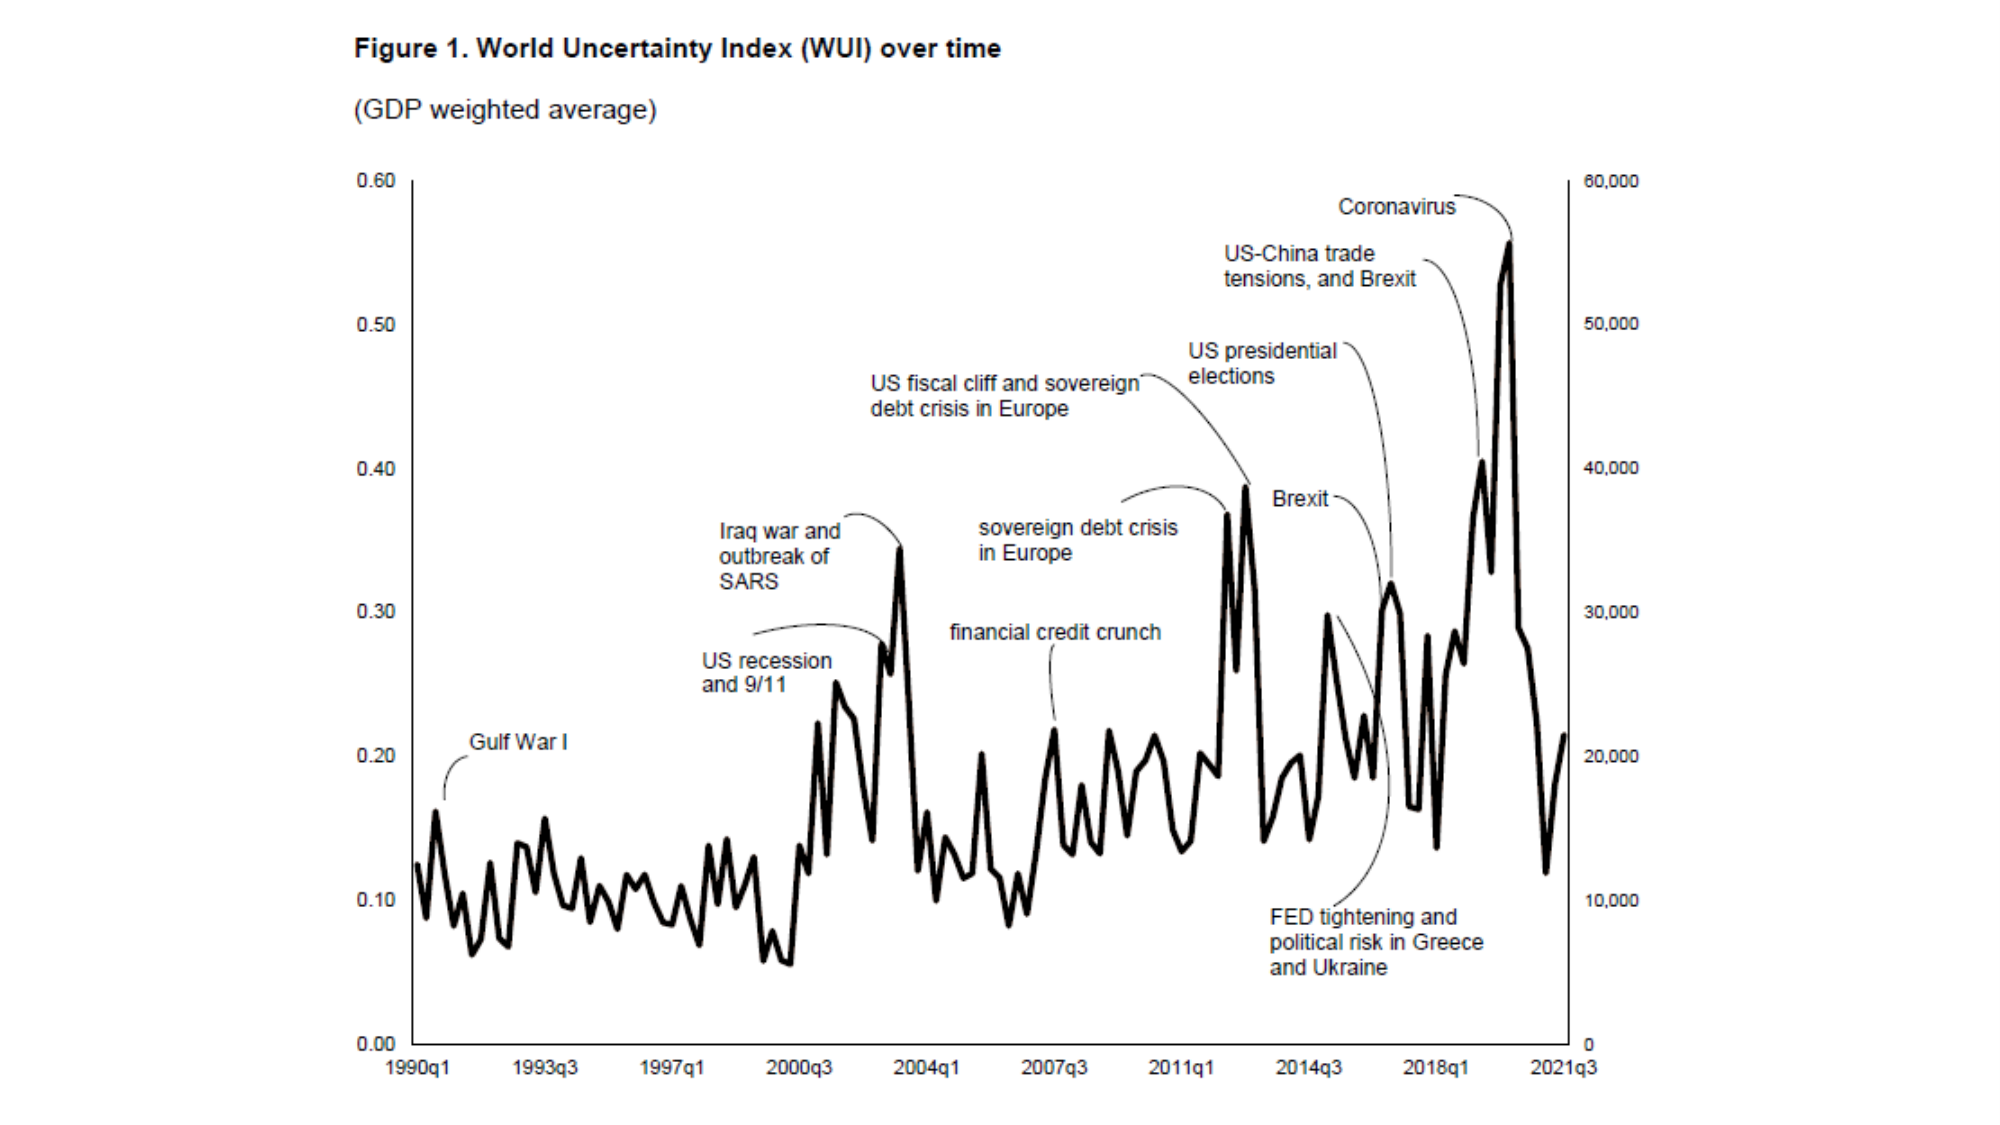
Figure 1. World Uncertainty Index (WUI) over time
(GDP weighted average)

0.60
0.50
0.40
0.30
0.20
0.10
0.00

1990q1
1993q3
1997q1
2000q3
2004q1
2007q3
2011q1
2014q3
2018q1
2021q3

Gulf War I
US recession and 9/11
Iraq war and outbreak of SARS
US fiscal cliff and sovereign debt crisis in Europe
financial credit crunch
sovereign debt crisis in Europe
US presidential elections
Brexit
US-China trade tensions, and Brexit
Coronavirus
FED tightening and political risk in Greece and Ukraine

60,000
50,000
40,000
30,000
20,000
10,000
0